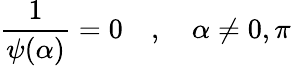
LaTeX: {\frac{1}{\psi(\alpha)}}=0\quad,\quad\alpha\neq 0,\pi